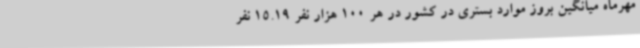
مهرماه میانگین بروز موارد بستری در کشور در هر 100 هزار نفر 15.19 نفر